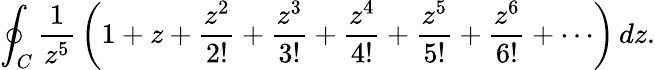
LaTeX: \oint_{C}{\frac{1}{z^{5}}}\left(1+z+{\frac{z^{2}}{2!}}+{\frac{z^{3}}{3!}}+{\frac{z^{4}}{4!}}+{\frac{z^{5}}{5!}}+{\frac{z^{6}}{6!}}+\cdots\right)\, dz.